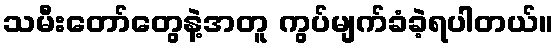
သမီးတော်တွေနဲ့အတူ ကွပ်မျက်ခံခဲ့ရပါတယ်။